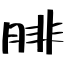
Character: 腓